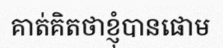
គាត់គិតថាខ្ញុំបានផោម